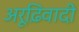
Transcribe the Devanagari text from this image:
अरूढ़िवादी